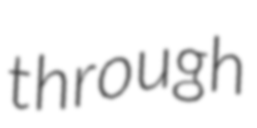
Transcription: through